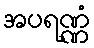
အပရဏ္ဏံ